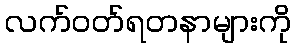
လက်ဝတ်ရတနာများကို